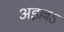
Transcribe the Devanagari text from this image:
अइल्लऽ